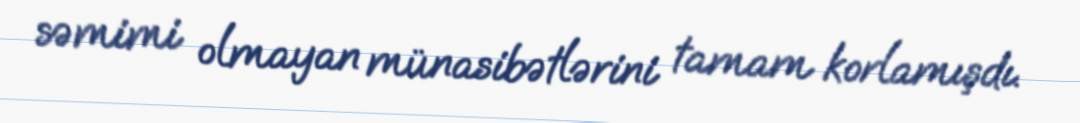
səmimi olmayan münasibətlərini tamam korlamışdı.